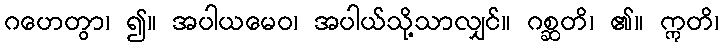
ဂဟေတွာ၊ ၍။ အပါယမေဝ၊ အပါယ်သို့သာလျှင်။ ဂစ္ဆတိ၊ ၏။ ဣတိ၊